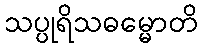
သပ္ပုရိသဓမ္မောတိ